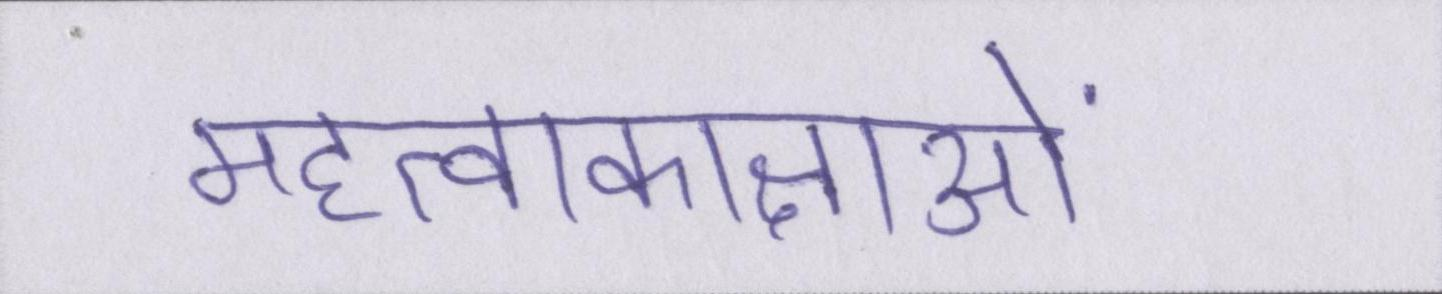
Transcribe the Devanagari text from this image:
महत्वाकाक्षाओं